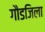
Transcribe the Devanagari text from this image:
गौडजिला